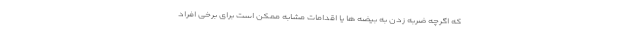
که اگرچه ضربه زدن به بیضه ها یا اقدامات مشابه ممکن است برای برخی افراد